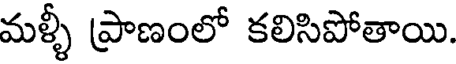
మళ్ళీ ప్రాణంలో కలిసిపోతాయి.